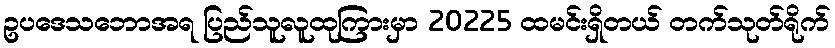
ဥပဒေသဘောအရ ပြည်သူလူထုကြားမှာ 20225 ထမင်းရှိတယ် တက်သုတ်ရိုက်